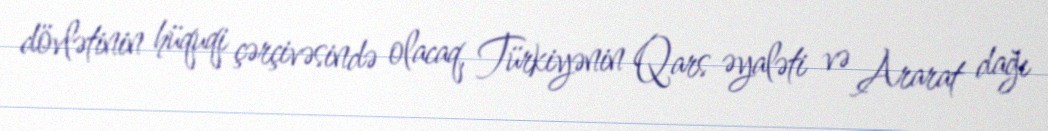
dövlətinin hüquqi çərçivəsində olacaq, Türkiyənin Qars əyaləti və Ararat dağı